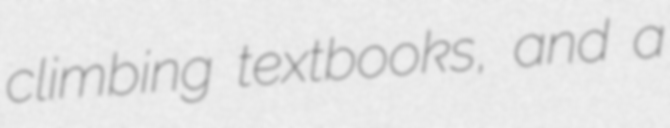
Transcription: climbing textbooks, and a